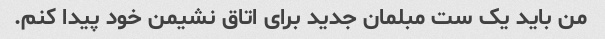
من باید یک ست مبلمان جدید برای اتاق نشیمن خود پیدا کنم.